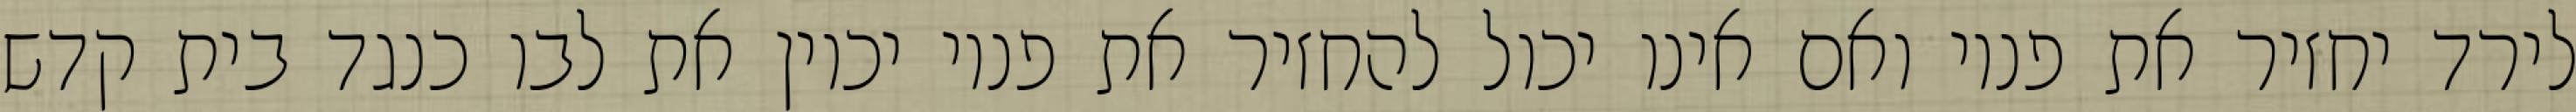
לירד יחזיר את פניו ואם אינו יכול להחזיר את פניו יכוין את לבו כנגד בית קדש